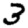
Digit: 3